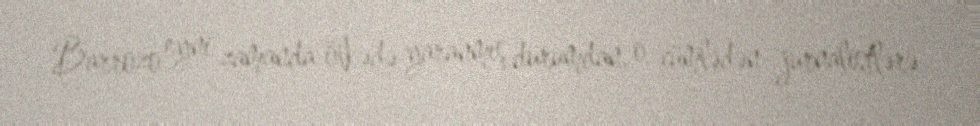
Barrozo eyni zamanda ölkədə yaranmış durumdan, o cümlədən jurnalistlərə